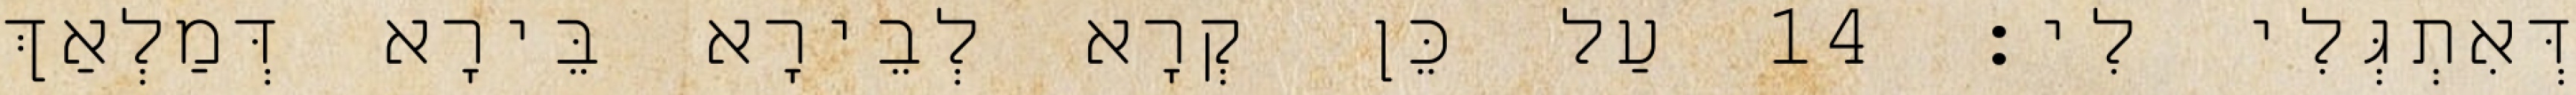
דְּאִתְגְּלִי לִי׃ 14 עַל כֵּן קְרָא לְבֵירָא בֵּירָא דְּמַלְאַךְ